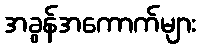
အခွန်အကောက်များ